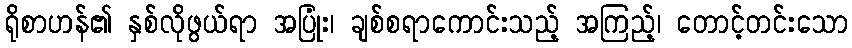
ရိုစာဟန်၏ နှစ်လိုဖွယ်ရာ အပြုံး၊ ချစ်စရာကောင်းသည့် အကြည့်၊ တောင့်တင်းသော